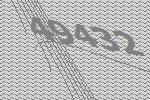
49432